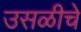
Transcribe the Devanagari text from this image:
उसळीचे